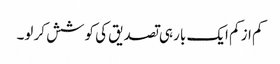
کم از کم ایک بار ہی تصدیق کی کوشش کر لو۔